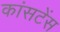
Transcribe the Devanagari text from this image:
कांसटेंस